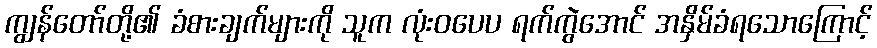
ကျွန်တော်တို့၏ ခံစားချက်များကို သူက လုံးဝပေပ ရက်ကွဲအောင် အနှိမ်ခံရသောကြောင့်